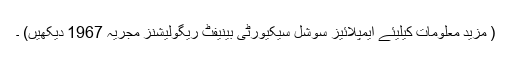
( مزید معلومات کیلیئے ایمپلائیز سوشل سیکیورٹی بینیفٹ ریگولیشنز مجریہ 1967 دیکھیں) ۔